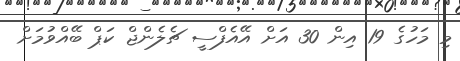
މި މަހުގެ 19 އިން 30 އަށް އޭއެފްސީ ޗެލެންޖް ކަޕް ބޭއްވުމަށް